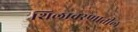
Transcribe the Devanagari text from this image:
शिलावरणातील